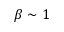
\beta \sim 1